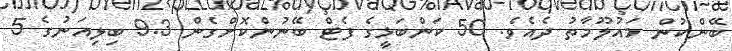
ބޭންކުން މައުލޫމާތު ދެއެވެ. 50 ކަންބަޅީގެ ފެޓް ބޭނުންކޮށްގެން 9.3 ބިލިއަނުގެ 5